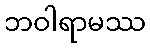
ဘဝါရာမဿ